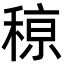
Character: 䅫